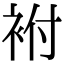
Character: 袝